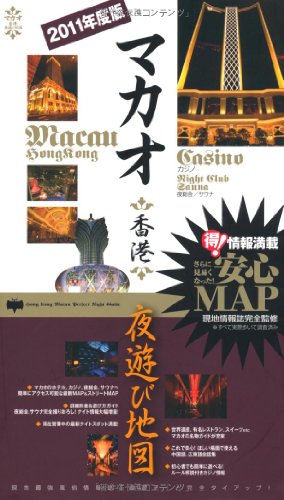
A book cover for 2011 edition Macau and Hong Kong nightlife map (2010) ISBN: 4861770262 [Japanese Import]; Travel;